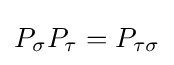
P_{\sigma }P_{\tau }=P_{\tau \sigma }